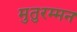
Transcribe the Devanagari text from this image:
मुतुरम्मन